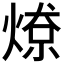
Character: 𱫲